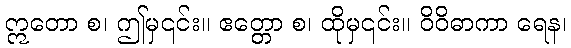
ဣတော စ၊ ဤမှ၎င်း။ ဧတ္တော စ၊ ထိုမှ၎င်း။ ဝိဝိဓာကာ ရေန၊